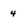
Character: 4